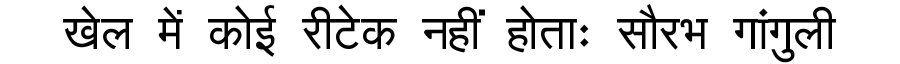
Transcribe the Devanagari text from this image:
खेल में कोई रीटेक नहीं होताः सौरभ गांगुली